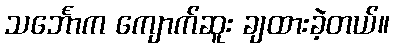
သင်္ဘောက ကျောက်ဆူး ချထားခဲ့တယ်။